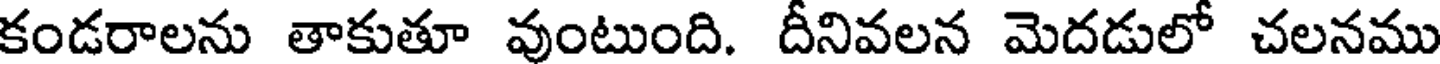
కండరాలను తాకుతూ వుంటుంది. దీనివలన మెదడులో చలనము